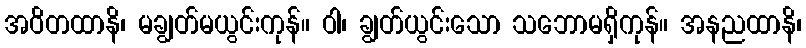
အဝိတထာနိ၊ မချွတ်မယွင်းကုန်။ ဝါ၊ ချွတ်ယွင်းသော သဘောမရှိကုန်။ အနညထာနိ၊